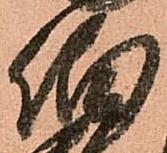
伯